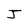
Character: J